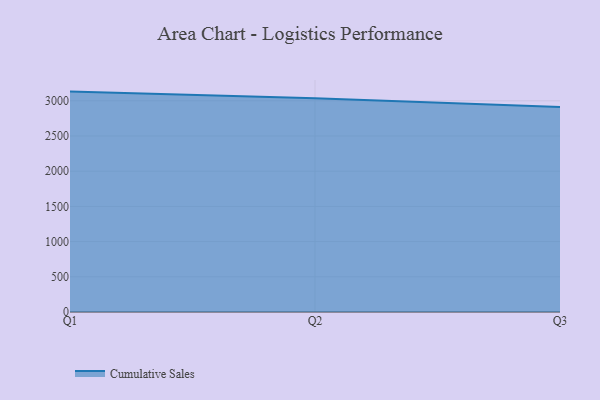
{"axis": {"x": "Quarter", "y": "Page Views"}, "legend": ["Cumulative Sales"], "data": [{"x": "Q1", "y": 3130.9, "type": "Cumulative Sales"}, {"x": "Q2", "y": 3038.0, "type": "Cumulative Sales"}, {"x": "Q3", "y": 2913.0, "type": "Cumulative Sales"}]}